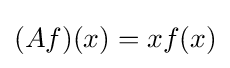
(Af)(x)=xf(x)